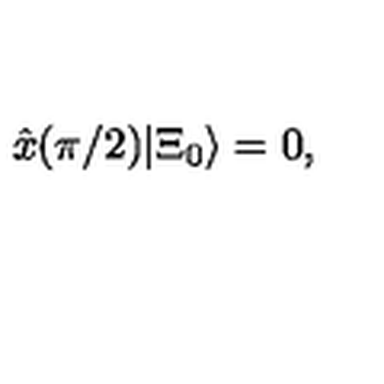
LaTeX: \hat { x } ( \pi / 2 ) | { \Xi } _ { 0 } \rangle = 0 ,